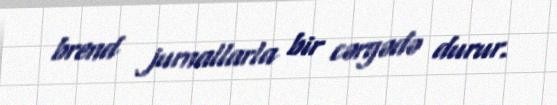
brend jurnallarla bir cərgədə durur.